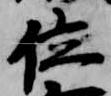
位